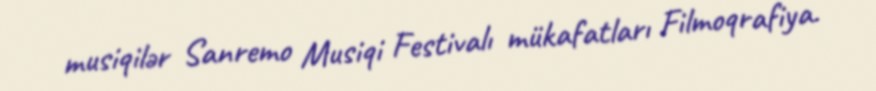
musiqilər Sanremo Musiqi Festivalı mükafatları Filmoqrafiya.